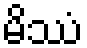
မိဿံ